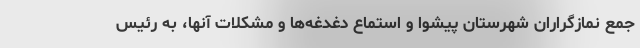
جمع نمازگراران شهرستان پیشوا و استماع دغدغه‌ها و مشکلات آنها، به رئیس